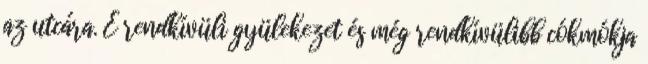
az utcára. E rendkívüli gyülekezet és még rendkívülibb cókmókja